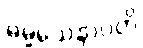
ဓမ္မသေနာပတိ